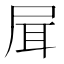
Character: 𡱡